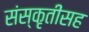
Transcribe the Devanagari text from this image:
संस्कृतींसह